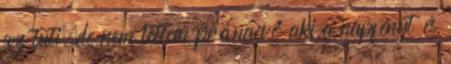
az tuti,de nem lettem pránaevő aki a napfényt és